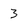
Character: 3